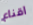
اقناع